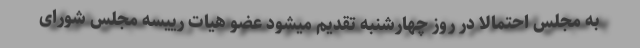
به مجلس احتمالا در روز چهارشنبه تقدیم میشود عضو هیات رییسه مجلس شورای